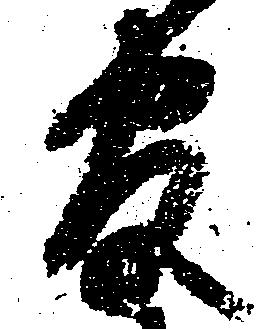
反